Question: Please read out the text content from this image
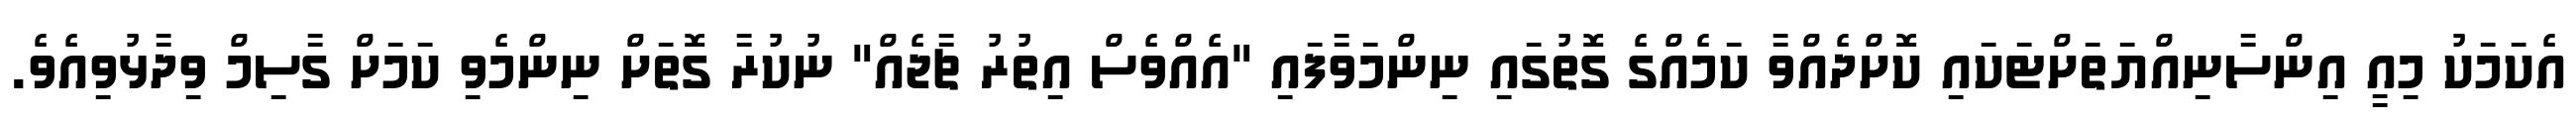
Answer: އެކަމަކު މިއީ އިންސާނިއްޔަތަށްޓަކައި ކޮށްދެއްވާ ކަމެއްގެ ގޮތުގައި ނިންމަވާފައި "އެއްވެސް އިތުރު ޗާޖެއް" ނުކުރާ ގޮތަށް ނިންމެވި ކަމަށް ގާސިމް ވިދާޅުވިއެވެ.